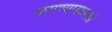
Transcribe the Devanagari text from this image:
जगण्यासारखे